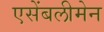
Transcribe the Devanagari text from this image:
एसेंबलीमेन